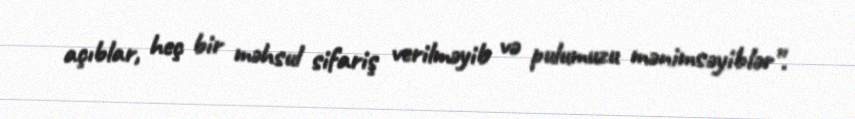
açıblar, heç bir məhsul sifariş verilməyib və pulumuzu mənimsəyiblər”.